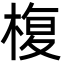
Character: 椱